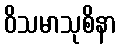
ဝိသမာသုစိနာ